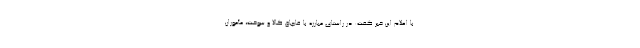
با اعلام این خبر گفت: در راستای مبارزه با قاچاق کالا و سوخت، مأموران